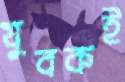
যুবকই